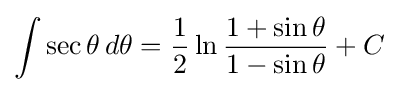
\int \sec \theta \,d\theta ={\frac {1}{2}}\ln {\frac {1+\sin \theta }{1-\sin \theta }}+C